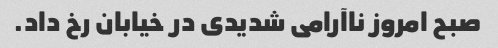
صبح امروز ناآرامی شدیدی در خیابان رخ داد.